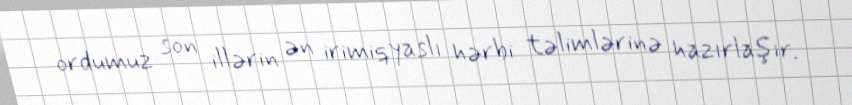
ordumuz son illərin ən irimiqyaslı hərbi təlimlərinə hazırlaşır.